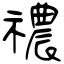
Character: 禯